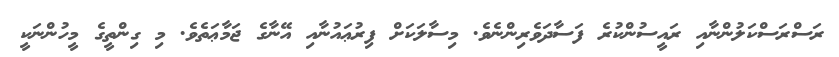
ރަސްރަސްކަލުންނާއި ރައީސުންކުރެ ފަސާދަވެރިންނެވެ. މިސާލަކަށް ފިރުޢައުނާއި އޭނާގެ ޖަމާޢަތެވެ. މި ގިންތީގެ މީހުންނަކީ